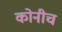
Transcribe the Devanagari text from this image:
कोनीच